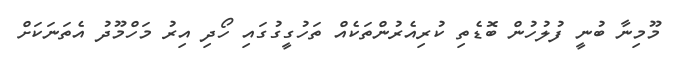
މޫމިނާ ބުނީ ފުލުހުން ބޮޑެތި ކުރިއެރުންތަކެއް ތަހުގީގުގައި ހޯދި އިރު މަހްމޫދު އެތަނަކަށް